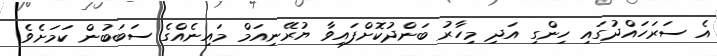
އެ ސަރަހައްދުގައި ހިންގި އަދި މިހާރު ބަންދުކޮށްފައިވާ ޔުރޭނިއަމް މައިނެއްގެ ސަބަބުން ކަމަށެވެ.